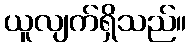
ယူလျက်ရှိသည်။